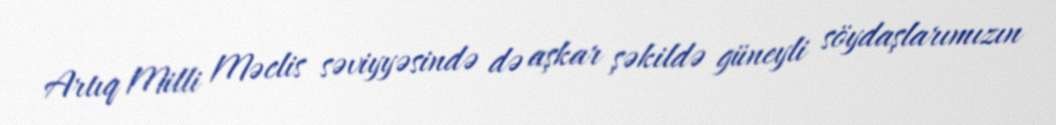
Artıq Milli Məclis səviyyəsində də aşkar şəkildə güneyli söydaşlarımızın